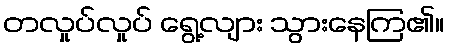
တလှုပ်လှုပ် ရွေ့လျား သွားနေကြ၏။